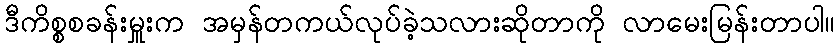
ဒီကိစ္စစခန်းမှူးက အမှန်တကယ်လုပ်ခဲ့သလားဆိုတာကို လာမေးမြန်းတာပါ။